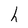
Character: h